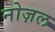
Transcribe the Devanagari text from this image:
नोज़ल